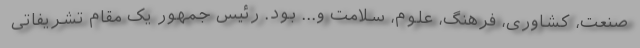
صنعت، کشاوری، فرهنگ، علوم، سلامت و... بود. رئیس جمهور یک مقام تشریفاتی